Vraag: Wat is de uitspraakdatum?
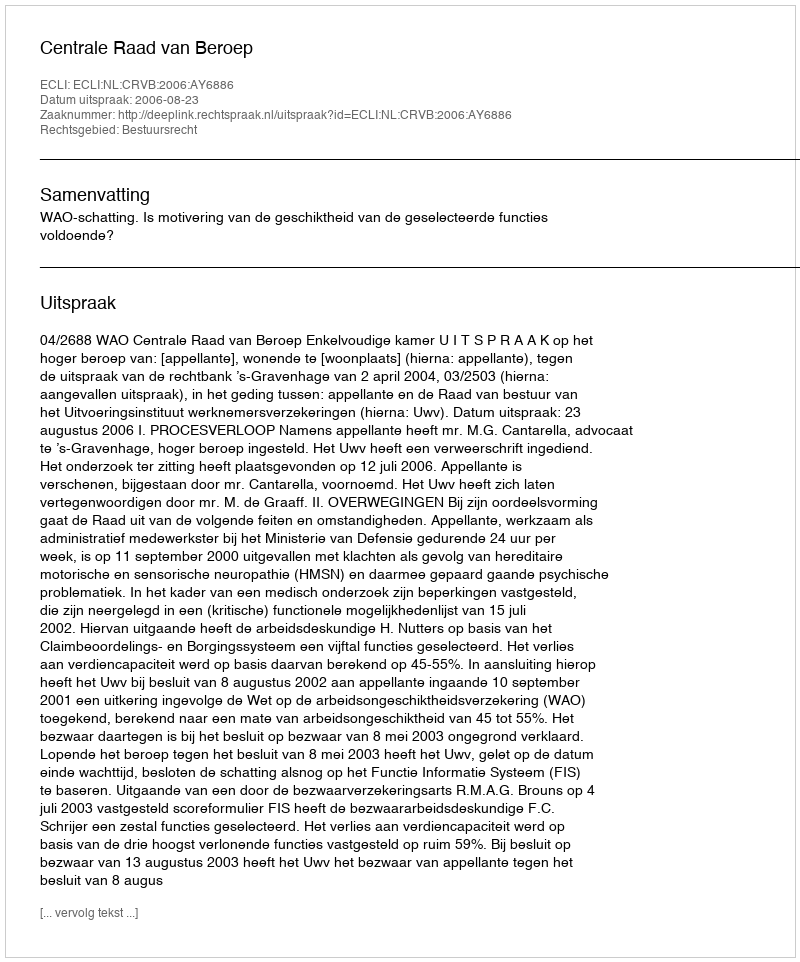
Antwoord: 2006-08-23